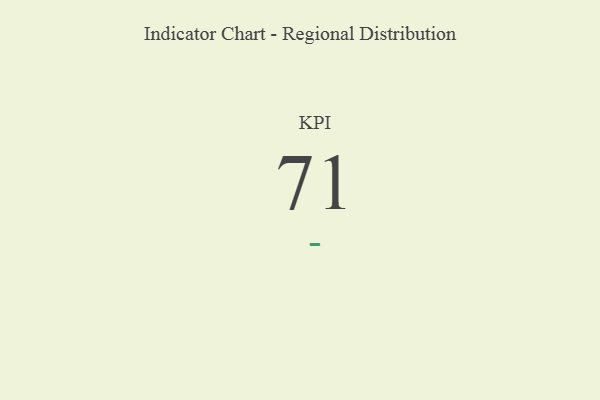
{"axis": {"x": "KPI", "y": "Value"}, "legend": [""], "data": [{"x": "KPI", "y": 71, "type": ""}]}